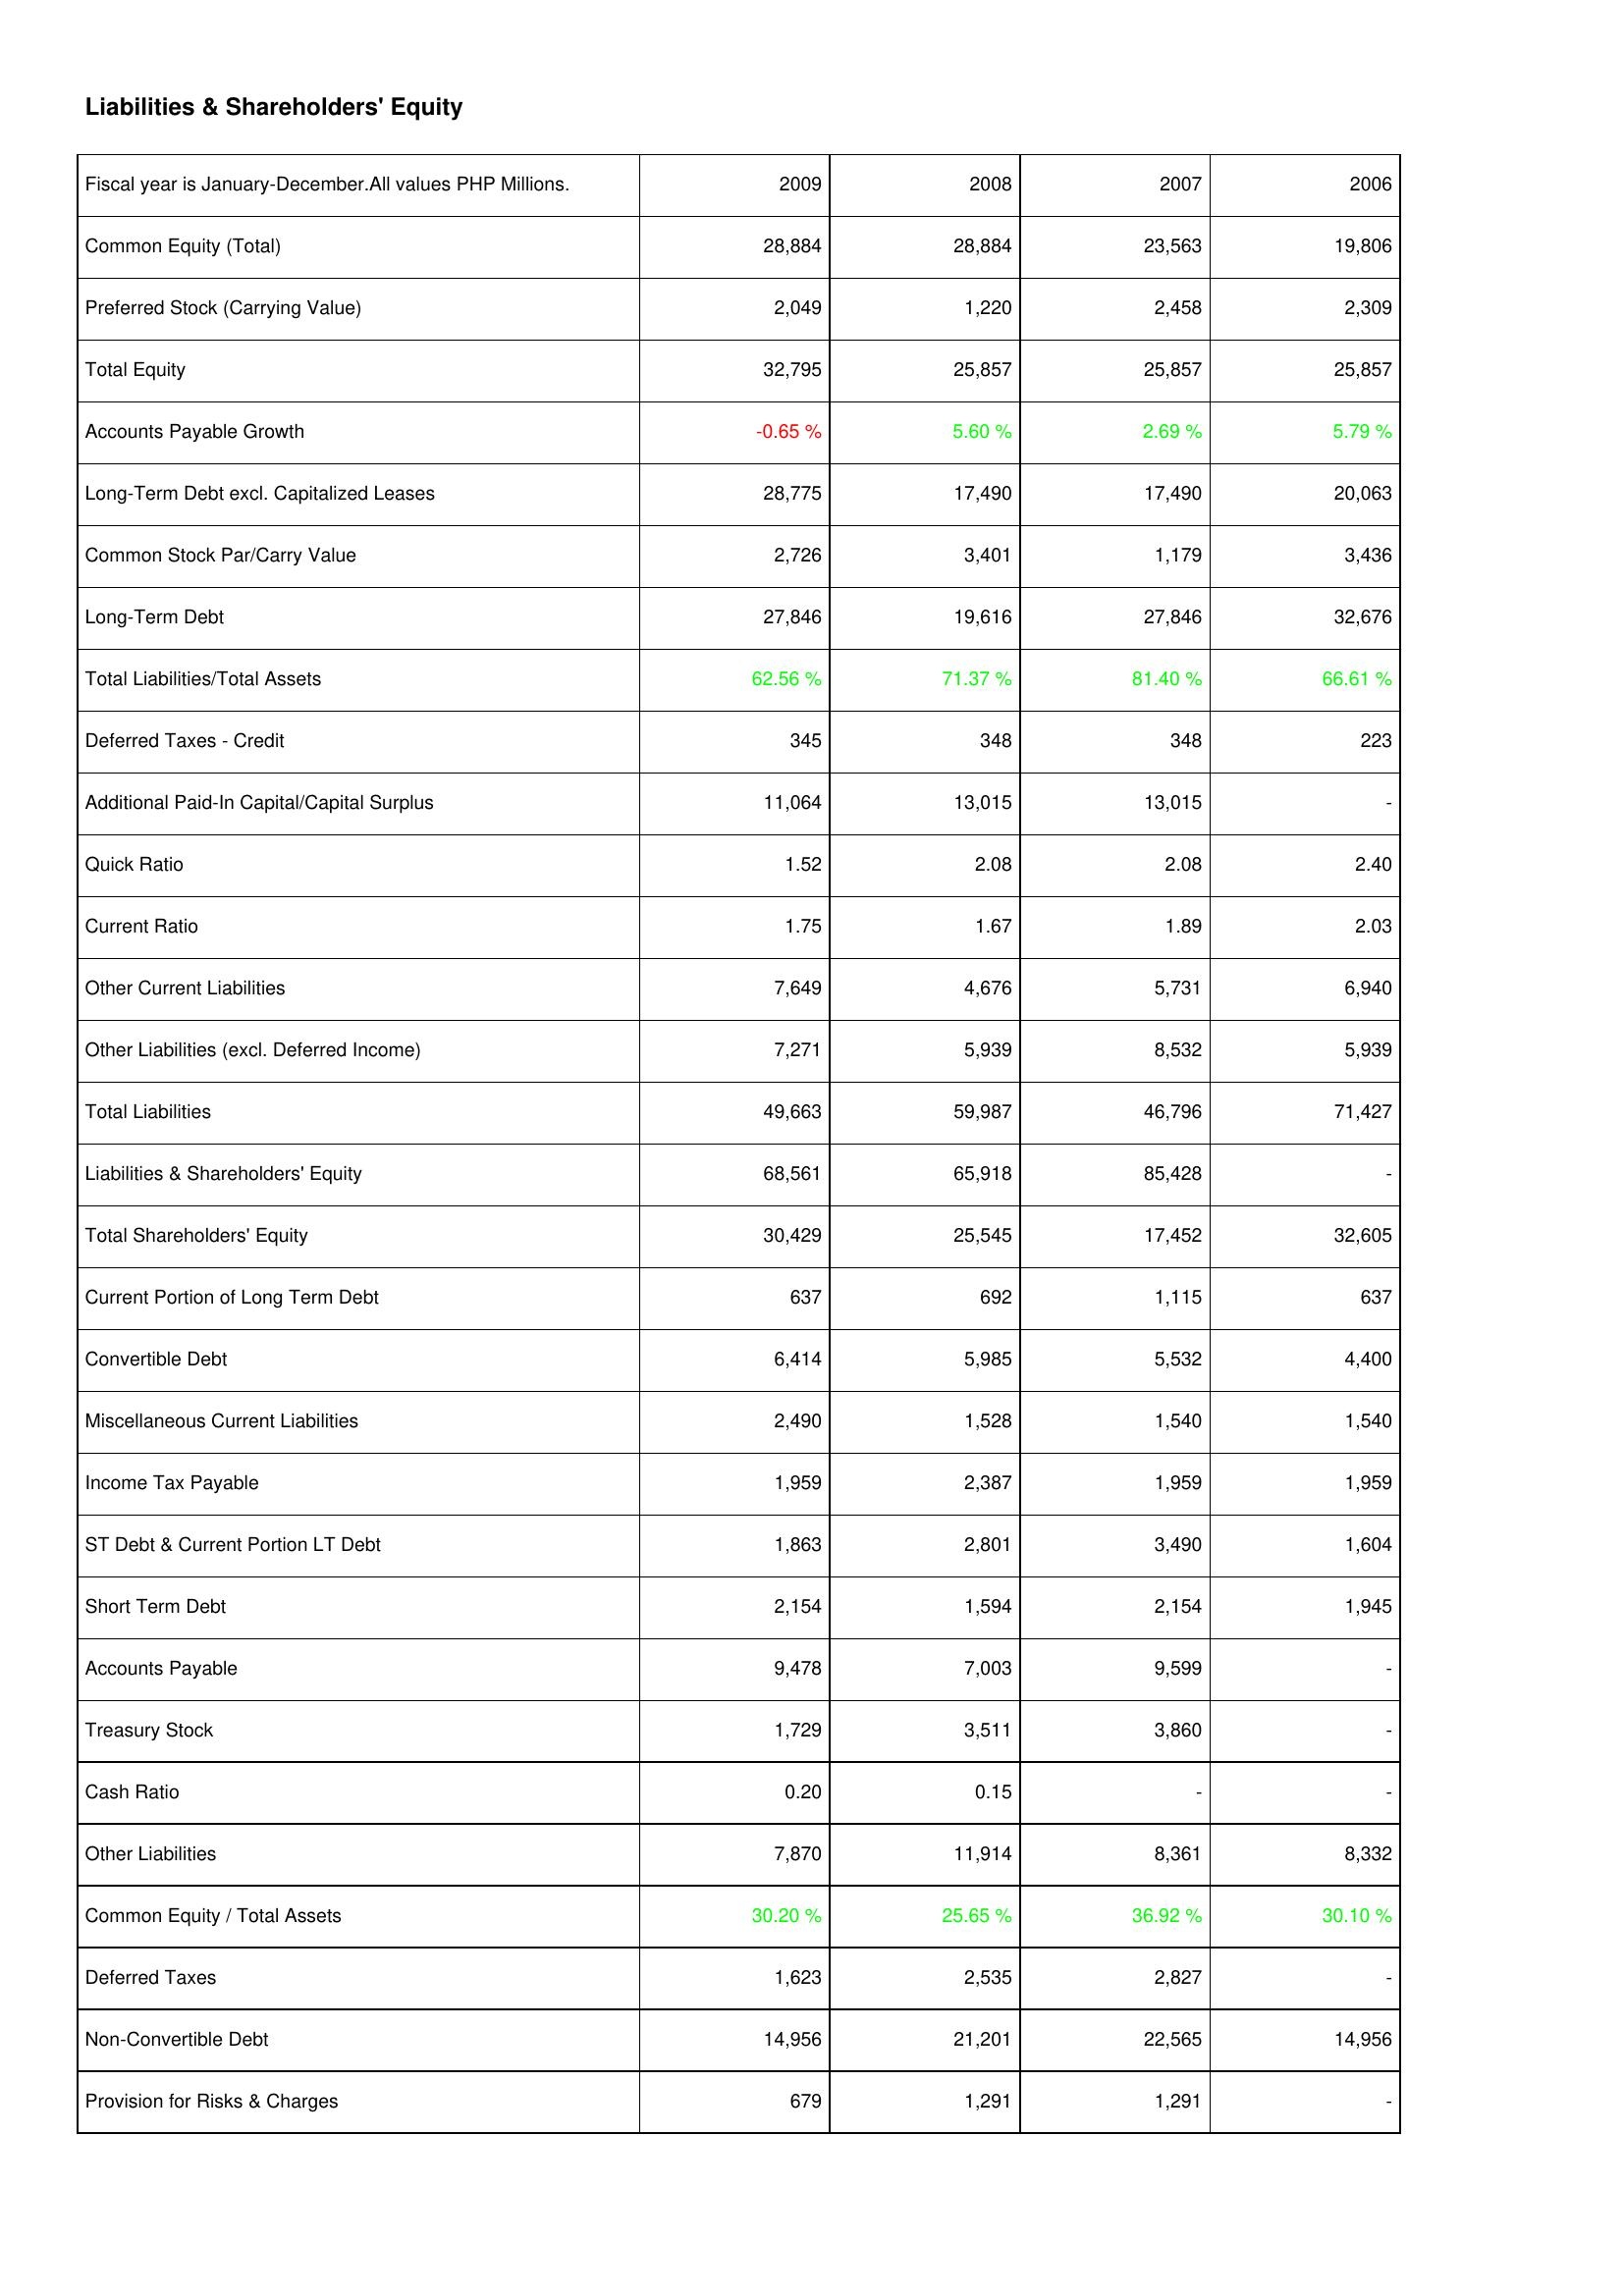
2009: Liabilities & Shareholders' Equity: Common Equity (Total): 28,884
Preferred Stock (Carrying Value): 2,049
Total Equity: 32,795
Accounts Payable Growth: -0.65 %
Long-Term Debt excl. Capitalized Leases: 28,775
Common Stock Par/Carry Value: 2,726
Long-Term Debt: 27,846
Total Liabilities/Total Assets: 62.56 %
Deferred Taxes - Credit: 345
Additional Paid-In Capital/Capital Surplus: 11,064
Quick Ratio: 1.52
Current Ratio: 1.75
Other Current Liabilities: 7,649
Other Liabilities (excl. Deferred Income): 7,271
Total Liabilities: 49,663
Liabilities & Shareholders' Equity: 68,561
Total Shareholders' Equity: 30,429
Current Portion of Long Term Debt: 637
Convertible Debt: 6,414
Miscellaneous Current Liabilities: 2,490
Income Tax Payable: 1,959
ST Debt & Current Portion LT Debt: 1,863
Short Term Debt: 2,154
Accounts Payable: 9,478
Treasury Stock: 1,729
Cash Ratio: 0.20
Other Liabilities: 7,870
Common Equity / Total Assets: 30.20 %
Deferred Taxes: 1,623
Non-Convertible Debt: 14,956
Provision for Risks & Charges: 679
2008: Liabilities & Shareholders' Equity: Common Equity (Total): 28,884
Preferred Stock (Carrying Value): 1,220
Total Equity: 25,857
Accounts Payable Growth: 5.60 %
Long-Term Debt excl. Capitalized Leases: 17,490
Common Stock Par/Carry Value: 3,401
Long-Term Debt: 19,616
Total Liabilities/Total Assets: 71.37 %
Deferred Taxes - Credit: 348
Additional Paid-In Capital/Capital Surplus: 13,015
Quick Ratio: 2.08
Current Ratio: 1.67
Other Current Liabilities: 4,676
Other Liabilities (excl. Deferred Income): 5,939
Total Liabilities: 59,987
Liabilities & Shareholders' Equity: 65,918
Total Shareholders' Equity: 25,545
Current Portion of Long Term Debt: 692
Convertible Debt: 5,985
Miscellaneous Current Liabilities: 1,528
Income Tax Payable: 2,387
ST Debt & Current Portion LT Debt: 2,801
Short Term Debt: 1,594
Accounts Payable: 7,003
Treasury Stock: 3,511
Cash Ratio: 0.15
Other Liabilities: 11,914
Common Equity / Total Assets: 25.65 %
Deferred Taxes: 2,535
Non-Convertible Debt: 21,201
Provision for Risks & Charges: 1,291
2007: Liabilities & Shareholders' Equity: Common Equity (Total): 23,563
Preferred Stock (Carrying Value): 2,458
Total Equity: 25,857
Accounts Payable Growth: 2.69 %
Long-Term Debt excl. Capitalized Leases: 17,490
Common Stock Par/Carry Value: 1,179
Long-Term Debt: 27,846
Total Liabilities/Total Assets: 81.40 %
Deferred Taxes - Credit: 348
Additional Paid-In Capital/Capital Surplus: 13,015
Quick Ratio: 2.08
Current Ratio: 1.89
Other Current Liabilities: 5,731
Other Liabilities (excl. Deferred Income): 8,532
Total Liabilities: 46,796
Liabilities & Shareholders' Equity: 85,428
Total Shareholders' Equity: 17,452
Current Portion of Long Term Debt: 1,115
Convertible Debt: 5,532
Miscellaneous Current Liabilities: 1,540
Income Tax Payable: 1,959
ST Debt & Current Portion LT Debt: 3,490
Short Term Debt: 2,154
Accounts Payable: 9,599
Treasury Stock: 3,860
Cash Ratio: -
Other Liabilities: 8,361
Common Equity / Total Assets: 36.92 %
Deferred Taxes: 2,827
Non-Convertible Debt: 22,565
Provision for Risks & Charges: 1,291
2006: Liabilities & Shareholders' Equity: Common Equity (Total): 19,806
Preferred Stock (Carrying Value): 2,309
Total Equity: 25,857
Accounts Payable Growth: 5.79 %
Long-Term Debt excl. Capitalized Leases: 20,063
Common Stock Par/Carry Value: 3,436
Long-Term Debt: 32,676
Total Liabilities/Total Assets: 66.61 %
Deferred Taxes - Credit: 223
Additional Paid-In Capital/Capital Surplus: -
Quick Ratio: 2.40
Current Ratio: 2.03
Other Current Liabilities: 6,940
Other Liabilities (excl. Deferred Income): 5,939
Total Liabilities: 71,427
Liabilities & Shareholders' Equity: -
Total Shareholders' Equity: 32,605
Current Portion of Long Term Debt: 637
Convertible Debt: 4,400
Miscellaneous Current Liabilities: 1,540
Income Tax Payable: 1,959
ST Debt & Current Portion LT Debt: 1,604
Short Term Debt: 1,945
Accounts Payable: -
Treasury Stock: -
Cash Ratio: -
Other Liabilities: 8,332
Common Equity / Total Assets: 30.10 %
Deferred Taxes: -
Non-Convertible Debt: 14,956
Provision for Risks & Charges: -